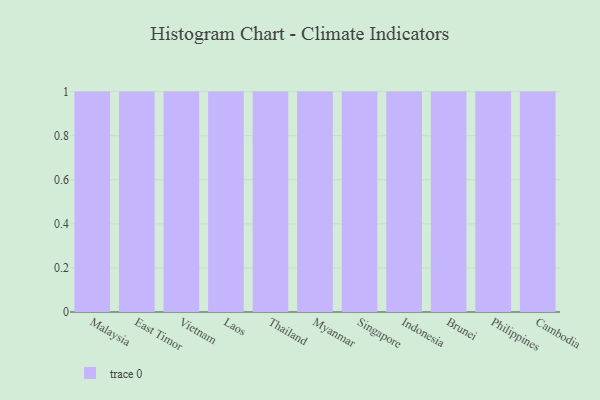
{"axis": {"x": "Country", "y": "Operating Costs (USD K)"}, "legend": [""], "data": [{"x": "Malaysia", "y": 75, "type": ""}, {"x": "East Timor", "y": 27, "type": ""}, {"x": "Vietnam", "y": 72, "type": ""}, {"x": "Laos", "y": 48, "type": ""}, {"x": "Thailand", "y": 6, "type": ""}, {"x": "Myanmar", "y": 70, "type": ""}, {"x": "Singapore", "y": 67, "type": ""}, {"x": "Indonesia", "y": 79, "type": ""}, {"x": "Brunei", "y": 98, "type": ""}, {"x": "Philippines", "y": 5, "type": ""}, {"x": "Cambodia", "y": 40, "type": ""}]}